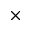
\times